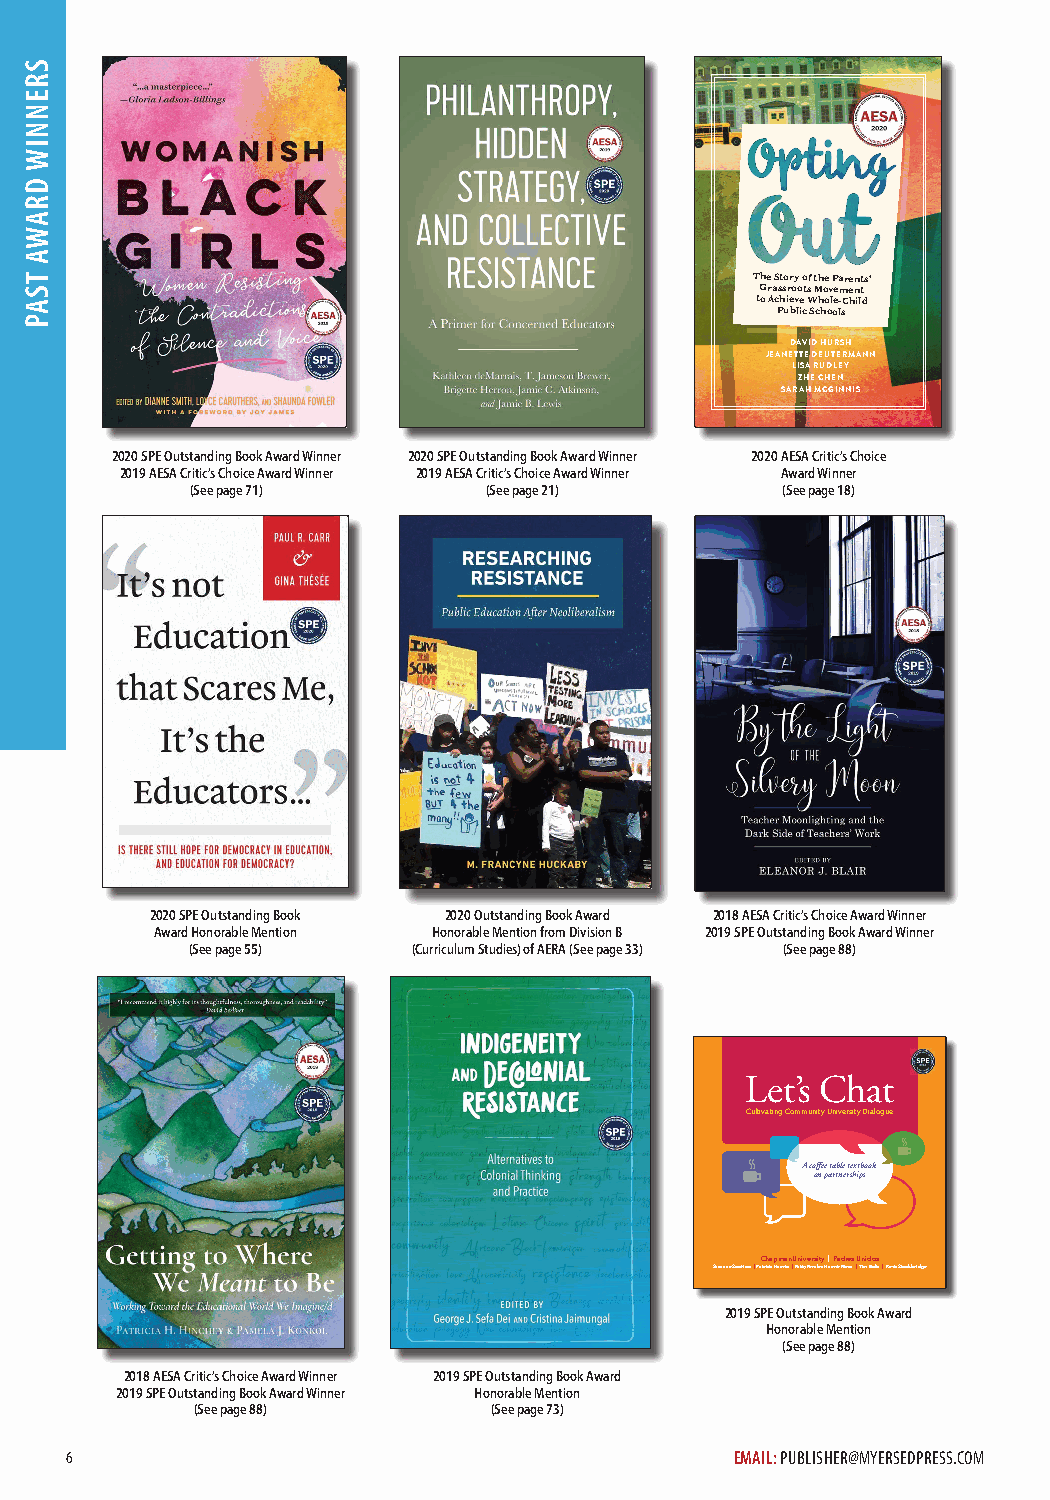
The Story of the Parents’
 Grassroots Movement
 to Achieve Whole-Child
 Public Schools
 DAVID HURSH
 JEANETTE DEUTERMANN
 LISA RUDLEY
 ZHE CHEN
 SARAH MCGINNIS
 2020 SPE Outstanding Book Award Winner 2020 SPE Outstanding Book Award Winner 2020 AESA Critic’s Choice
 2019 AESA Critic’s Choice Award Winner 2019 AESA Critic’s Choice Award Winner Award Winner
 (See page 71)      (See page 21)       (See page 18)
 2020 SPE Outstanding Book 2020 Outstanding Book Award 2018 AESA Critic’s Choice Award Winner
 Award Honorable Mention Honorable Mention from Division B 2019 SPE Outstanding Book Award Winner
 (See page 55)  (Curriculum Studies) of AERA (See page 33) (See page 88)
 Let’s Chat
 Cultivating Community University Dialogue
 A coffee table textbook
 on partnerships
 Chapman University | Padres Unidos
 Suzanne SooHoo | Patricia Huerta | Patty Perales Huerta-Meza | Tim Bolin | Kevin Stockbridge
 2019 SPE Outstanding Book Award
 Honorable Mention
 (See page 88)
 2018 AESA Critic’s Choice Award Winner 2019 SPE Outstanding Book Award
 2019 SPE Outstanding Book Award Winner Honorable Mention
 (See page 88)      (See page 73)
 6                                            EMAIL: PUBLISHER@MYERSEDPRESS.COM
 SRENNIW
 DRAWA
 TSAP